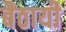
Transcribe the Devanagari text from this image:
बैठायी